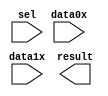
// megafunction wizard: %LPM_MUX%VBB%
// GENERATION: STANDARD
// VERSION: WM1.0
// MODULE: LPM_MUX 

// ============================================================
// Megafunction Name(s):
// 			LPM_MUX
//
// Simulation Library Files(s):
// 			lpm
// ============================================================
// ************************************************************
// THIS IS A WIZARD-GENERATED FILE. DO NOT EDIT THIS FILE!
//
// 20.1.0 Build 711 06/05/2020 SJ Lite Edition
// ************************************************************

//Copyright (C) 2020  Intel Corporation. All rights reserved.
//Your use of Intel Corporation's design tools, logic functions 
//and other software and tools, and any partner logic 
//functions, and any output files from any of the foregoing 
//(including device programming or simulation files), and any 
//associated documentation or information are expressly subject 
//to the terms and conditions of the Intel Program License 
//Subscription Agreement, the Intel Quartus Prime License Agreement,
//the Intel FPGA IP License Agreement, or other applicable license
//agreement, including, without limitation, that your use is for
//the sole purpose of programming logic devices manufactured by
//Intel and sold by Intel or its authorized distributors.  Please
//refer to the applicable agreement for further details, at
//https://fpgasoftware.intel.com/eula.

module mux2 (
	data0x,
	data1x,
	sel,
	result);

	input	[15:0]  data0x;
	input	[15:0]  data1x;
	input	  sel;
	output	[15:0]  result;

endmodule

// ============================================================
// CNX file retrieval info
// ============================================================
// Retrieval info: PRIVATE: INTENDED_DEVICE_FAMILY STRING "Cyclone IV E"
// Retrieval info: PRIVATE: SYNTH_WRAPPER_GEN_POSTFIX STRING "0"
// Retrieval info: PRIVATE: new_diagram STRING "1"
// Retrieval info: LIBRARY: lpm lpm.lpm_components.all
// Retrieval info: CONSTANT: LPM_SIZE NUMERIC "2"
// Retrieval info: CONSTANT: LPM_TYPE STRING "LPM_MUX"
// Retrieval info: CONSTANT: LPM_WIDTH NUMERIC "16"
// Retrieval info: CONSTANT: LPM_WIDTHS NUMERIC "1"
// Retrieval info: USED_PORT: data0x 0 0 16 0 INPUT NODEFVAL "data0x[15..0]"
// Retrieval info: USED_PORT: data1x 0 0 16 0 INPUT NODEFVAL "data1x[15..0]"
// Retrieval info: USED_PORT: result 0 0 16 0 OUTPUT NODEFVAL "result[15..0]"
// Retrieval info: USED_PORT: sel 0 0 0 0 INPUT NODEFVAL "sel"
// Retrieval info: CONNECT: @data 0 0 16 0 data0x 0 0 16 0
// Retrieval info: CONNECT: @data 0 0 16 16 data1x 0 0 16 0
// Retrieval info: CONNECT: @sel 0 0 1 0 sel 0 0 0 0
// Retrieval info: CONNECT: result 0 0 16 0 @result 0 0 16 0
// Retrieval info: GEN_FILE: TYPE_NORMAL mux2.v TRUE
// Retrieval info: GEN_FILE: TYPE_NORMAL mux2.inc FALSE
// Retrieval info: GEN_FILE: TYPE_NORMAL mux2.cmp FALSE
// Retrieval info: GEN_FILE: TYPE_NORMAL mux2.bsf TRUE
// Retrieval info: GEN_FILE: TYPE_NORMAL mux2_inst.v FALSE
// Retrieval info: GEN_FILE: TYPE_NORMAL mux2_bb.v TRUE
// Retrieval info: LIB_FILE: lpm